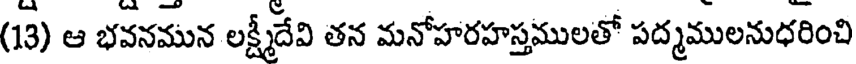
(13) ఆ భవనమున లక్ష్మీదేవి తన మనోహరహస్తములతో పద్మములనుధరించి